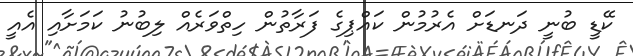
ކޭޑީ ބުނީ ދަނޑަށް އެރުމުން ކައްޕިގެ ފަރާތުން ހިތްވަރެއް ލިބުނު ކަމަށާއި އެއީ